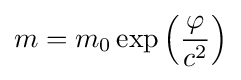
m=m_{0}\exp \left({\frac {\varphi }{c^{2}}}\right)